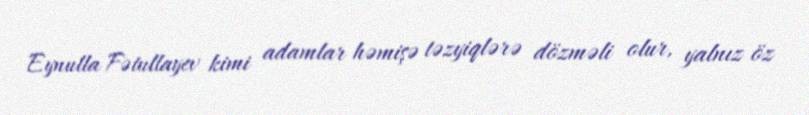
Eynulla Fətullayev kimi adamlar həmişə təzyiqlərə dözməli olur, yalnız öz